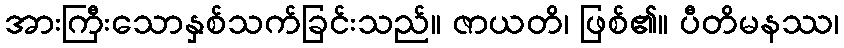
အားကြီးသောနှစ်သက်ခြင်းသည်။ ဇာယတိ၊ ဖြစ်၏။ ပီတိမနဿ၊